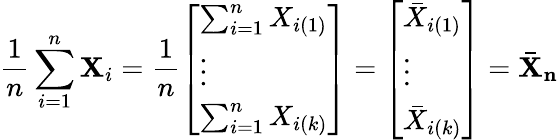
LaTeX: {\frac{1}{n}}\sum_{i=1}^{n}\mathbf{X}_{i}={\frac{1}{n}}{\left[\begin{array}{l}{\sum_{i=1}^{n}X_{i(1)}}\\ {\vdots}\\ {\sum_{i=1}^{n}X_{i(k)}}\end{array}\right]}={\left[\begin{array}{l}{{\bar{X}}_{i(1)}}\\ {\vdots}\\ {{\bar{X}}_{i(k)}}\end{array}\right]}=\mathbf{{\bar{X}}_{n}}